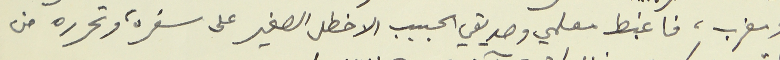
ومغرب، فاغبط معلمي وصديقي الحبيب الاخطل الصغير على سفره، وتحرره من